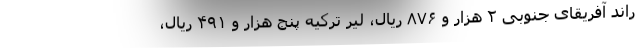
راند آفریقای جنوبی ۲ هزار و ۸۷۶ ریال، لیر ترکیه پنج هزار و ۴۹۱ ریال،